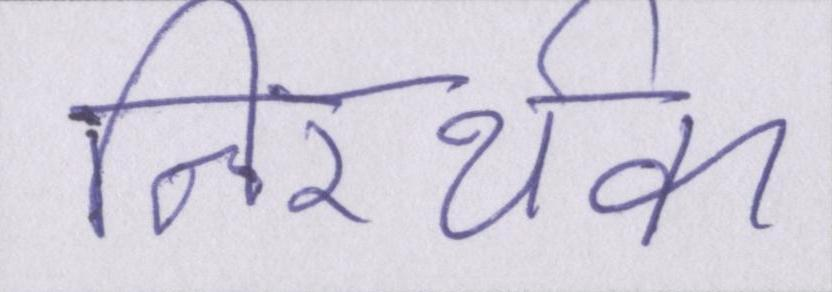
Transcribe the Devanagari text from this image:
निरर्थक